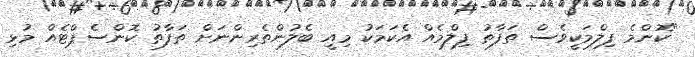
"ކޮންމެ ފިލްމަކީވެސް ތަފާތު ފިލްމެއް އެކަމަކު މިއީ ބެލުންތެރިންނަށް ތަފާތު ކޮންސެޕްޓެއް މުޅި